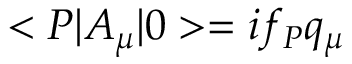
< P | A _ { \mu } | 0 > = i f _ { P } q _ { \mu }